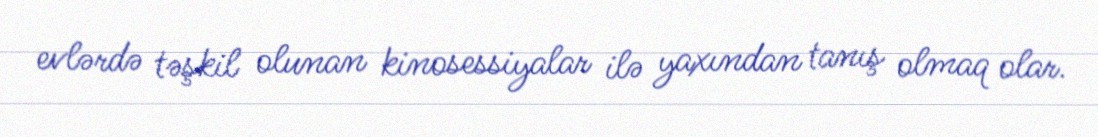
evlərdə təşkil olunan kinosessiyalar ilə yaxından tanış olmaq olar.